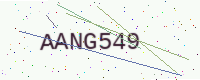
Text: AANG549